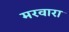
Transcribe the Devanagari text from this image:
मरवारा